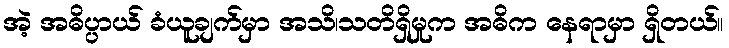
အဲ့ အဓိပ္ပာယ် ခံယူချက်မှာ အသိ၊သတိရှိမှုက အဓိက နေရာမှာ ရှိတယ်။